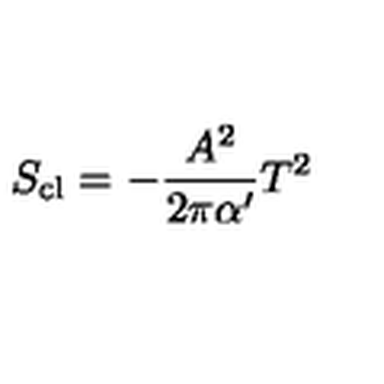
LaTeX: S _ { \mathrm { c l } } = - \frac { A ^ { 2 } } { 2 \pi \alpha ^ { \prime } } T ^ { 2 }